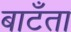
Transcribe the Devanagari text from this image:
बाटँता